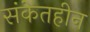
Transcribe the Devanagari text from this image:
संकेतहीन